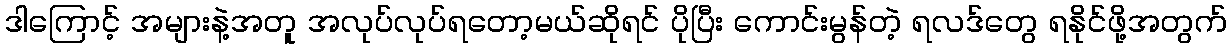
ဒါကြောင့် အများနဲ့အတူ အလုပ်လုပ်ရတော့မယ်ဆိုရင် ပိုပြီး ကောင်းမွန်တဲ့ ရလဒ်တွေ ရနိုင်ဖို့အတွက်